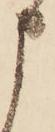
申